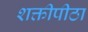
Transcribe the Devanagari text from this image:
शक्तीपीठा